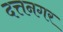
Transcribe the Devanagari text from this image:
दत्तनगर